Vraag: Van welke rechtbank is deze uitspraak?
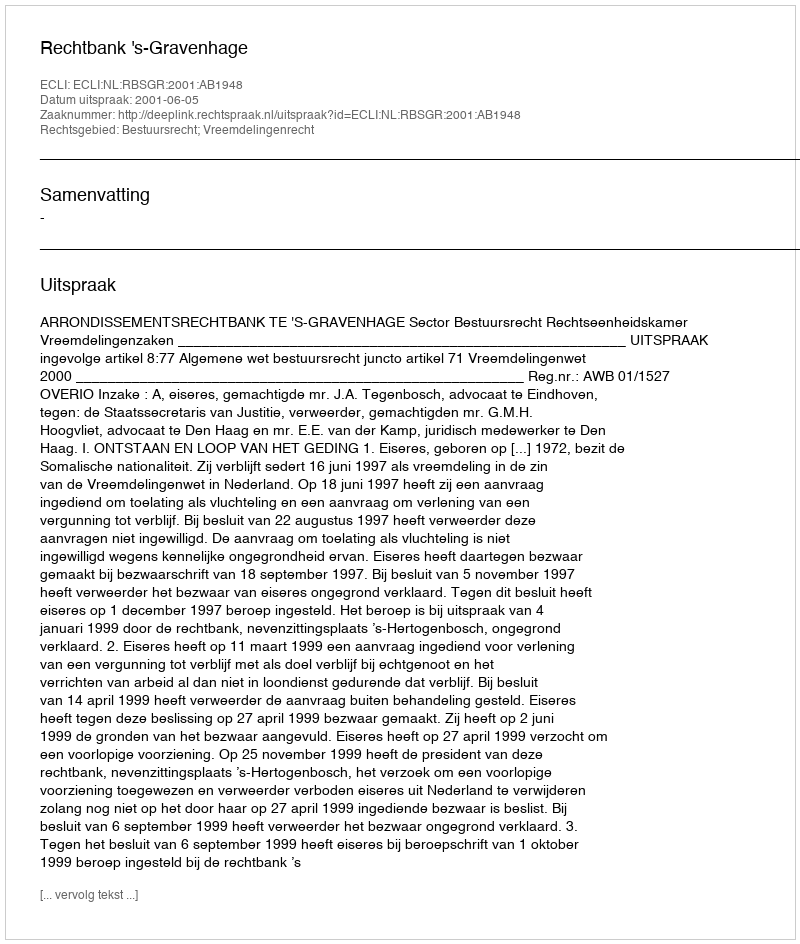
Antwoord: Rechtbank 's-Gravenhage